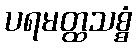
ပရမတ္ထသစ္စံ